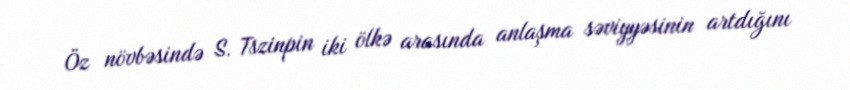
Öz növbəsində S. Tszinpin iki ölkə arasında anlaşma səviyyəsinin artdığını